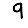
Digit: 9